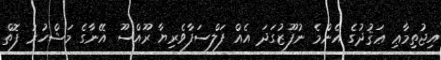
އިޖުތިމާޢި ޢަޤުދުގެ އެންމެ ނުފޫޒުގަދަ އެއް ފަލްސަފާވެރިޔާ ރޫއްސޫ އޭނާގެ މަޝްހުރު ފޮތް